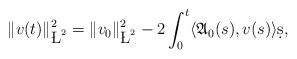
LaTeX: \begin{align*}\|v(t)\|_{\L^2}^2=\|v_0\|_{\L^2}^2-2\int_0^t\langle\mathfrak{A}_0(s),v(s)\rangle\d s, \end{align*}